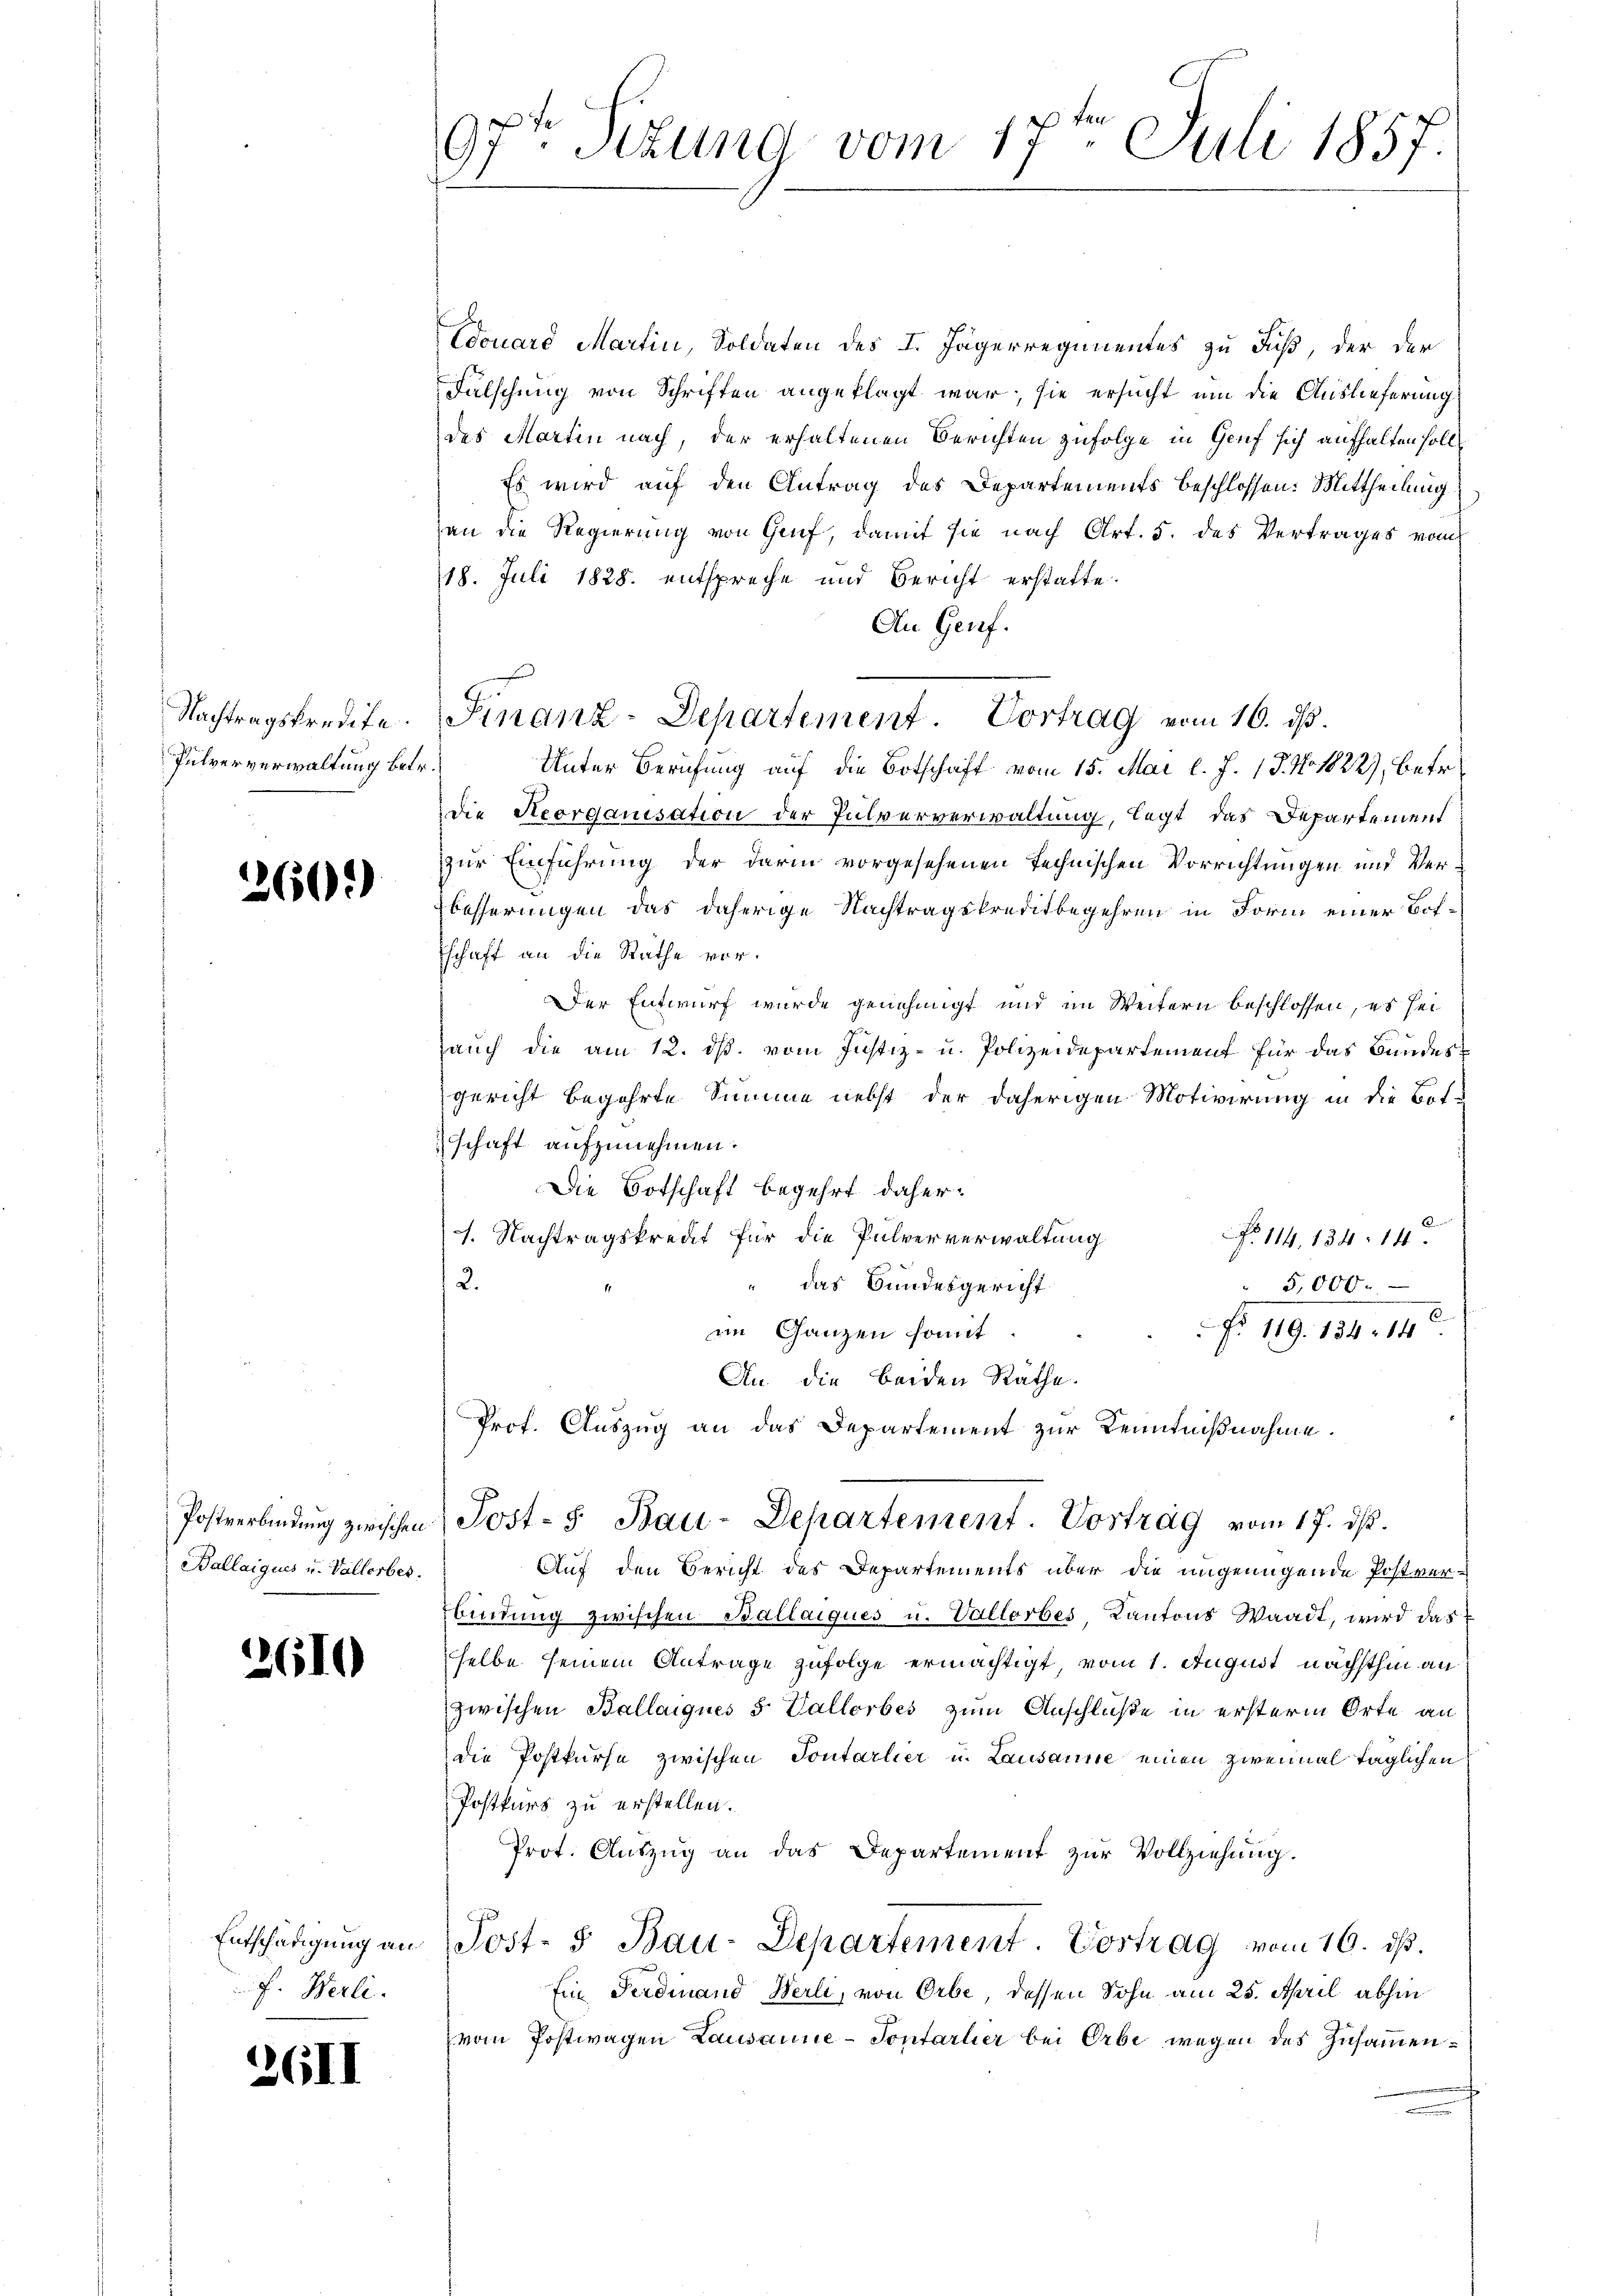
Nachtragskredite.
Pulververwaltung betr.

260)

Ballaigues u. Vallerbes.

2610

Entschädigung an
F. Herli

26II

97t Sizung vom 17ten Juli 1857.

Edouard Martin, Soldaten des I. Jägerregimentes zu Fuß, der der
Falschung von Schriften angeklagt war, sie ersucht um die Auslieferung
des Martin nach, der erhaltenen Berichten zufolge in Genf sich aufhalten soll
Es wird auf den Antrag des Departements beschlossen: Mittheilung
an die Regierung von Genf, damit sie nach Art. 5. des Vertrages vom
18. Juli 1828. entspreche und Bericht erstatte.
An Genf.
Unter Berufung auf die Botschaft vom 15. Mai l. J. 17. No. 1822), betr.
Die Reorganisation der Pulververwaltung, legt das Departement
zur Einführung der darin vorgesehenen technischen Vorrichtungen und Verbesserungen das daherige Nachtragskreditbegehren in Form einer Botschaft an die Räthe vor.
Der Entwurf wurde genehmigt und im Weitern beschlossen, es sei
Hauch die am 12. ds. vom Justiz- u. Polizeidepartement für das Bundesgericht begehrte Summe nebst der daherigen Motivirung in die Bot-
schaft aufzunehmen.
Die Botschaft begehrt daher.
1. Nachtragskredit für die Pulververwaltung
No 114. 134. 14.
2.
" das Bundesgericht
5,000.
an Ganzen somit
Nr 119. 134. 14.
An die beiden Räthe.
Prof. Auszug an das Departement zur Kenntnißnahme.
Postverbindŭng zwischen Post- 5. Bau-Departement. Vortrag vom 17. dβ.
Auf den Bericht des Departements über die ungenügende Postver-
bindung zwischen Ballaiques u. Vallorbes Kantons Waadt, wird das
selbe seinem Antrage zufolge ermächtigt, vom 1. August nächsthin an
zwischen Ballaigues 5 Vallorbes zum Anschluße in ersterm Orte an
die Postkurse zwischen Sontarlier u. Lausanne einen zweimal täglichen
Postkurs zu erstellen.
Prot. Auszug an das Departement zur Vollziehung.
Post- 5. Bau-Departement. Vortrag vom 16. ds.
Ein Ferdinand Berli, von Orbe, dessen Sohn am 25. April abhin
vom Postwagen Lausanne - Sontarlier bei Orbe wegen des Zusammen¬

Finanz-Departement. Vortrag vom 16. ds.